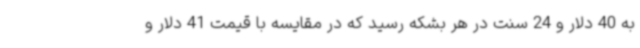
به 40 دلار و 24 سنت در هر بشکه رسید که در مقایسه با قیمت 41 دلار و